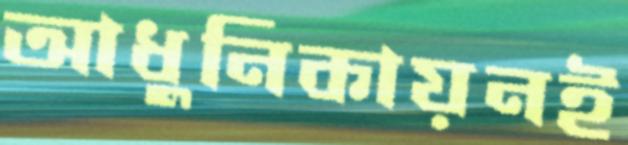
আধুনিকায়নই